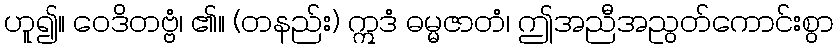
ဟူ၍။ ဝေဒိတဗ္ဗံ၊ ၏။ (တနည်း) ဣဒံ ဓမ္မဇာတံ၊ ဤအညီအညွတ်ကောင်းစွာ